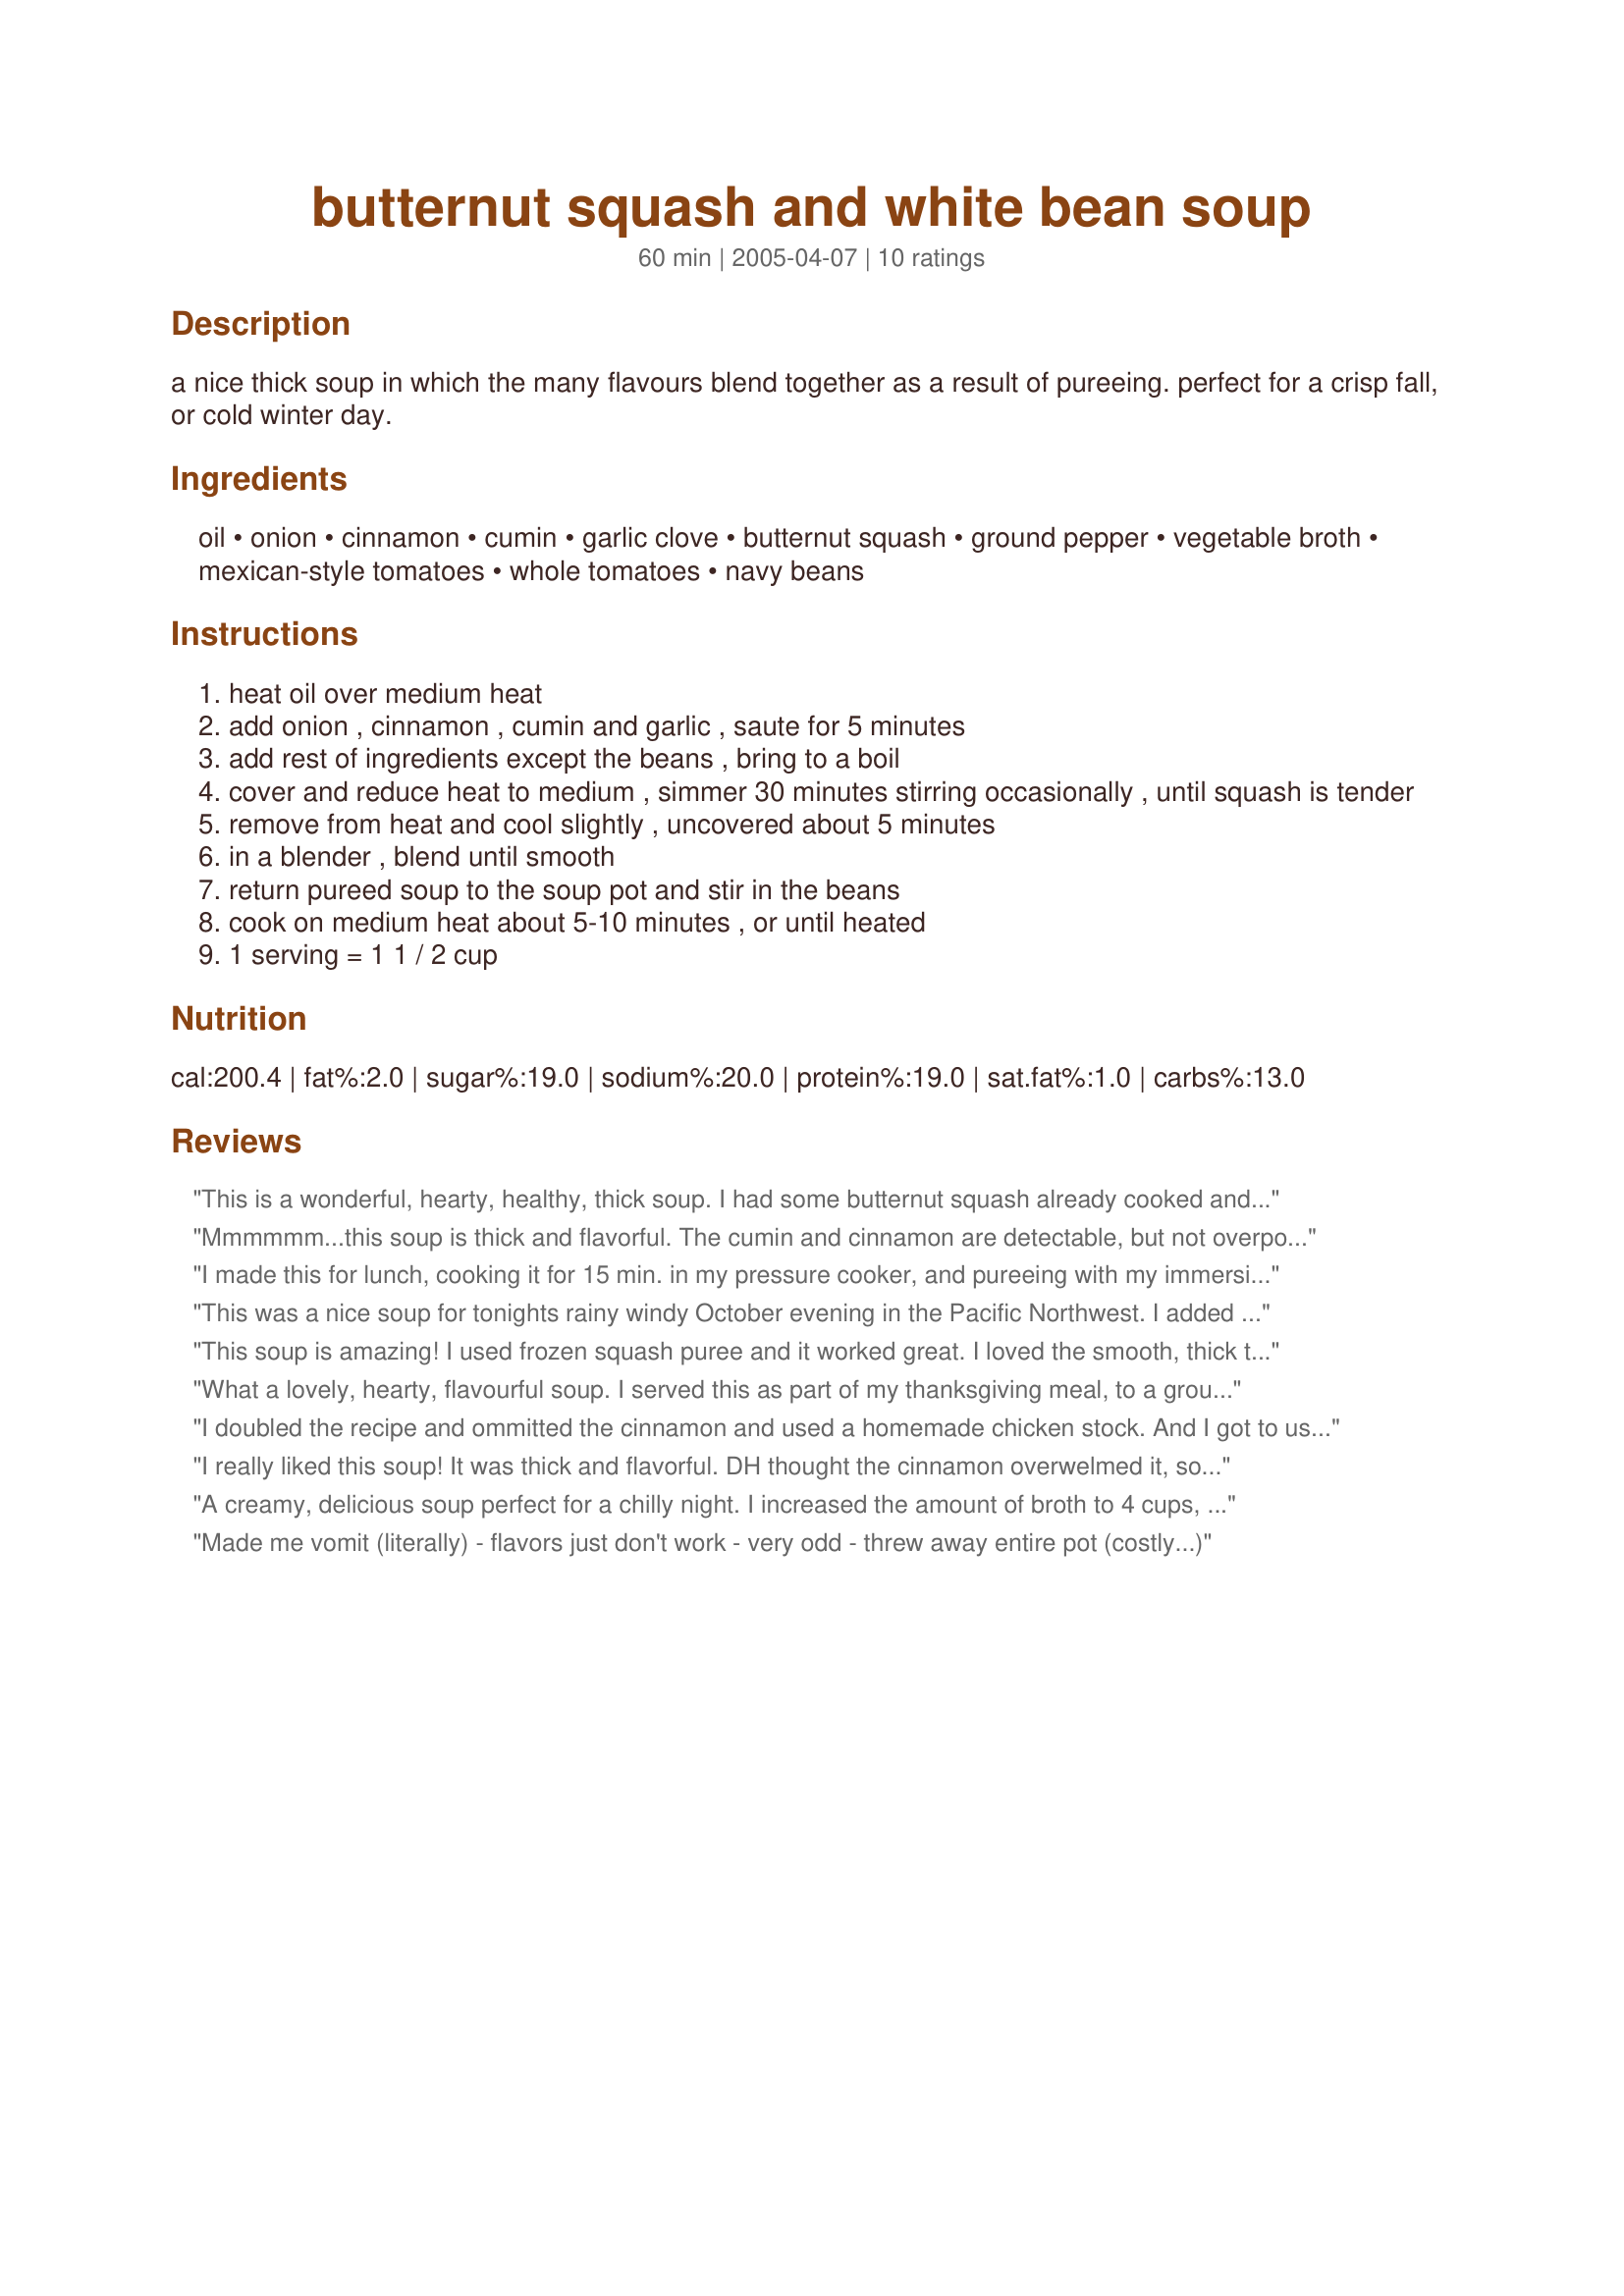
butternut squash and white bean soup
Preparation time: 60 minutes

a nice thick soup in which the many flavours blend together as a result of pureeing. perfect for a crisp fall, or cold winter day.

Ingredients:
oil, onion, cinnamon, cumin, garlic clove, butternut squash, ground pepper, vegetable broth, mexican-style tomatoes, whole tomatoes, navy beans

Steps:
heat oil over medium heat
add onion , cinnamon , cumin and garlic , saute for 5 minutes
add rest of ingredients except the beans , bring to a boil
cover and reduce heat to medium , simmer 30 minutes stirring occasionally , until squash is tender
remove from heat and cool slightly , uncovered about 5 minutes
in a blender , blend until smooth
return pureed soup to the soup pot and stir in the beans
cook on medium heat about 5-10 minutes , or until heated
1 serving = 1 1 / 2 cup

Reviews:
This is a wonderful, hearty, healthy, thick soup. I had some butternut squash already cooked and mashed so this soup went together very fast. I used my own chicken broth, a 28 oz can of tomatoes and red kidney beans (that's what was on hand). After cooking all of the ingredients, I pureed it in the blender. It's a keeper for sure.
Mmmmmm...this soup is thick and flavorful. The cumin and cinnamon are detectable, but not overpowering. It's got lots of possibilities. I liked the beans stirred in as written, but if you wanted a completely smooth soup (or want to "hide" the beans), you could easily just puree the beans right in the soup. This is also good w/ a dallop of sour cream or even a little milk stirred in, if the acidity from the tomatoes is too much for you. Thanx for a great soup recipe. I'll make this again.
I made this for lunch, cooking it for 15 min. in my pressure cooker, and pureeing with my immersion hand blender. I softened the whole squash in the micro for 4 min. to aid the peeling/chopping.I added about 1/4 tsp. of cinnamon (personal preference) and used beef broth, since that's what I had. This reminded me of a blend of carrot/tomato soup, with a very thick texture. It's very satisfying! Thanks for posting, LUc 2 Bake.
Roxygirl
This was a nice soup for tonights rainy windy October evening in the Pacific Northwest. I added some roasted red and orange pepper strips I had, used a can of fire-roasted diced tomatoes in place of the mexican because that is what I had on hand, then used an immersion blender to smooth it out some - but still a bit thick and "meaty". I also think I will add another can of beans next time as another reviewer suggested and spice it up just a bit more. Served it with a dollop of sour cream on top and some leftover biscuits from breakfast and an assortment of cheeses. All in all a great dinner - thank you
This soup is amazing! I used frozen squash puree and it worked great. I loved the smooth, thick texture and the hint of cinnamon. Next time I think I'll just use regular tomatoes as the Mexican was a bit too spicy for my family. Thanks for sharing!
What a lovely, hearty, flavourful soup. I served this as part of my thanksgiving meal, to a group that included meat eaters, vegetarians and one vegan. *everyone* gobbled it up. I had to make a few changes out of necessity: used a can of white kidney beans, as navy beans were nowhere to be found. Used a dash of curry as I didn't realize I was out of cumin. Added a grating of whole nutmeg in with the cinnamon to compensate...have no idea what mexican tomatoes are, so used one large can of diced tomatoes to make up all the tomatoes in the recipe. Used veggie stock, and might have added a bit more than called for and it was still plenty thick. I pureed everything, beans included, as I wanted a smooth soup. Delicious, and the health benefits plus the good serving of protein have definitely put this one on my winter soup rotation! I'm glad there was a tiny bit leftover from dinner so I could pop a few servings into the freezer for later lunches. Yum!
I doubled the recipe and ommitted the cinnamon and used a homemade chicken stock. And I got to use my Xmas present to puree the soup!!
I really liked this soup! It was thick and flavorful. DH thought the cinnamon overwelmed it, so next time I'll cut back on that. I didn't have navy beans, so I used cannellini beans. Next time I'll add 2 cans of beans as I thought it needed more.
A creamy, delicious soup perfect for a chilly night. I increased the amount of broth to 4 cups, added a dash of cayenne, and used black beans rather than navy (technically making it Butternut Squash and Black Bean Soup, I suppose...). The result was a tasty Tex-Mex-style flavor. We garnished ours with some chopped red pepper and shredded fontina, which complemented the soup really well. A great fall recipe!
Made me vomit (literally) - flavors just don't work - very odd - threw away entire pot (costly...)
